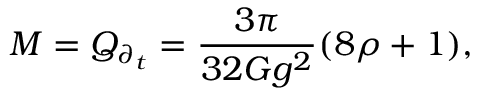
M = Q _ { \partial _ { t } } = \frac { 3 \pi } { 3 2 G g ^ { 2 } } ( 8 \rho + 1 ) ,